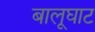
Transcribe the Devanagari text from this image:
बालूघाट